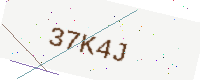
Text: 37K4J